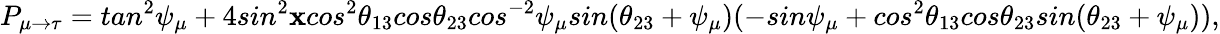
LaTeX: P_{\mu\rightarrow\tau}=tan^{2}\psi_{\mu}+4sin^{2}\mathbf{x}cos^{2}\theta_{13}cos\theta_{23}cos^{-2}\psi_{\mu}sin(\theta_{23}+\psi_{\mu})(-sin\psi_{\mu}+cos^{2}\theta_{13}cos\theta_{23}sin(\theta_{23}+\psi_{\mu})),